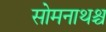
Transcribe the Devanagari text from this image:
सोमनाथश्च